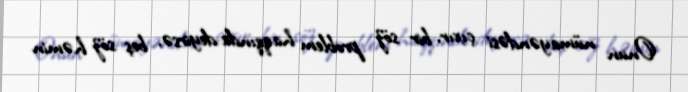
Onun nümayəndəsi çıxır, bir söz problem haqqında deyirsə, beş söz həmin